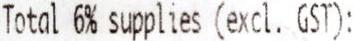
TOTAL 6% SUPPLIES (EXCL. GST):